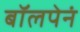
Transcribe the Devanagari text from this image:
बॉलपेनं